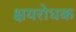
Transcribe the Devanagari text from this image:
क्षयरोधक